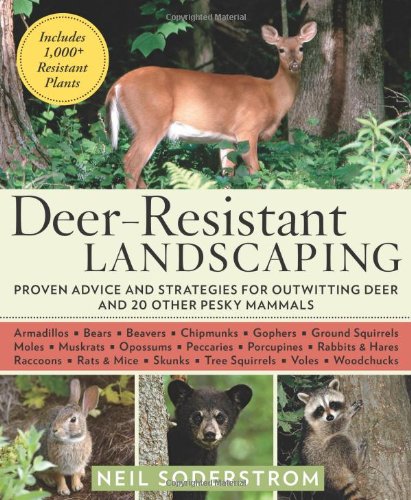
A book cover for Deer-Resistant Landscaping: Proven Advice and Strategies for Outwitting Deer and 20 Other Pesky Mammals; Neil Soderstrom; Crafts, Hobbies & Home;